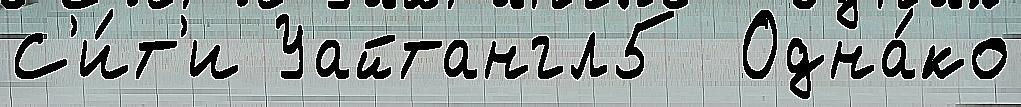
С'и́т'и Уайтангл5  Одна́ко